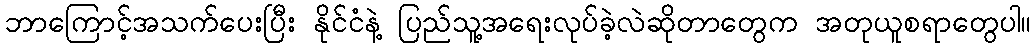
ဘာကြောင့်အသက်ပေးပြီး နိုင်ငံနဲ့ ပြည်သူ့အရေးလုပ်ခဲ့လဲဆိုတာတွေက အတုယူစရာတွေပါ။